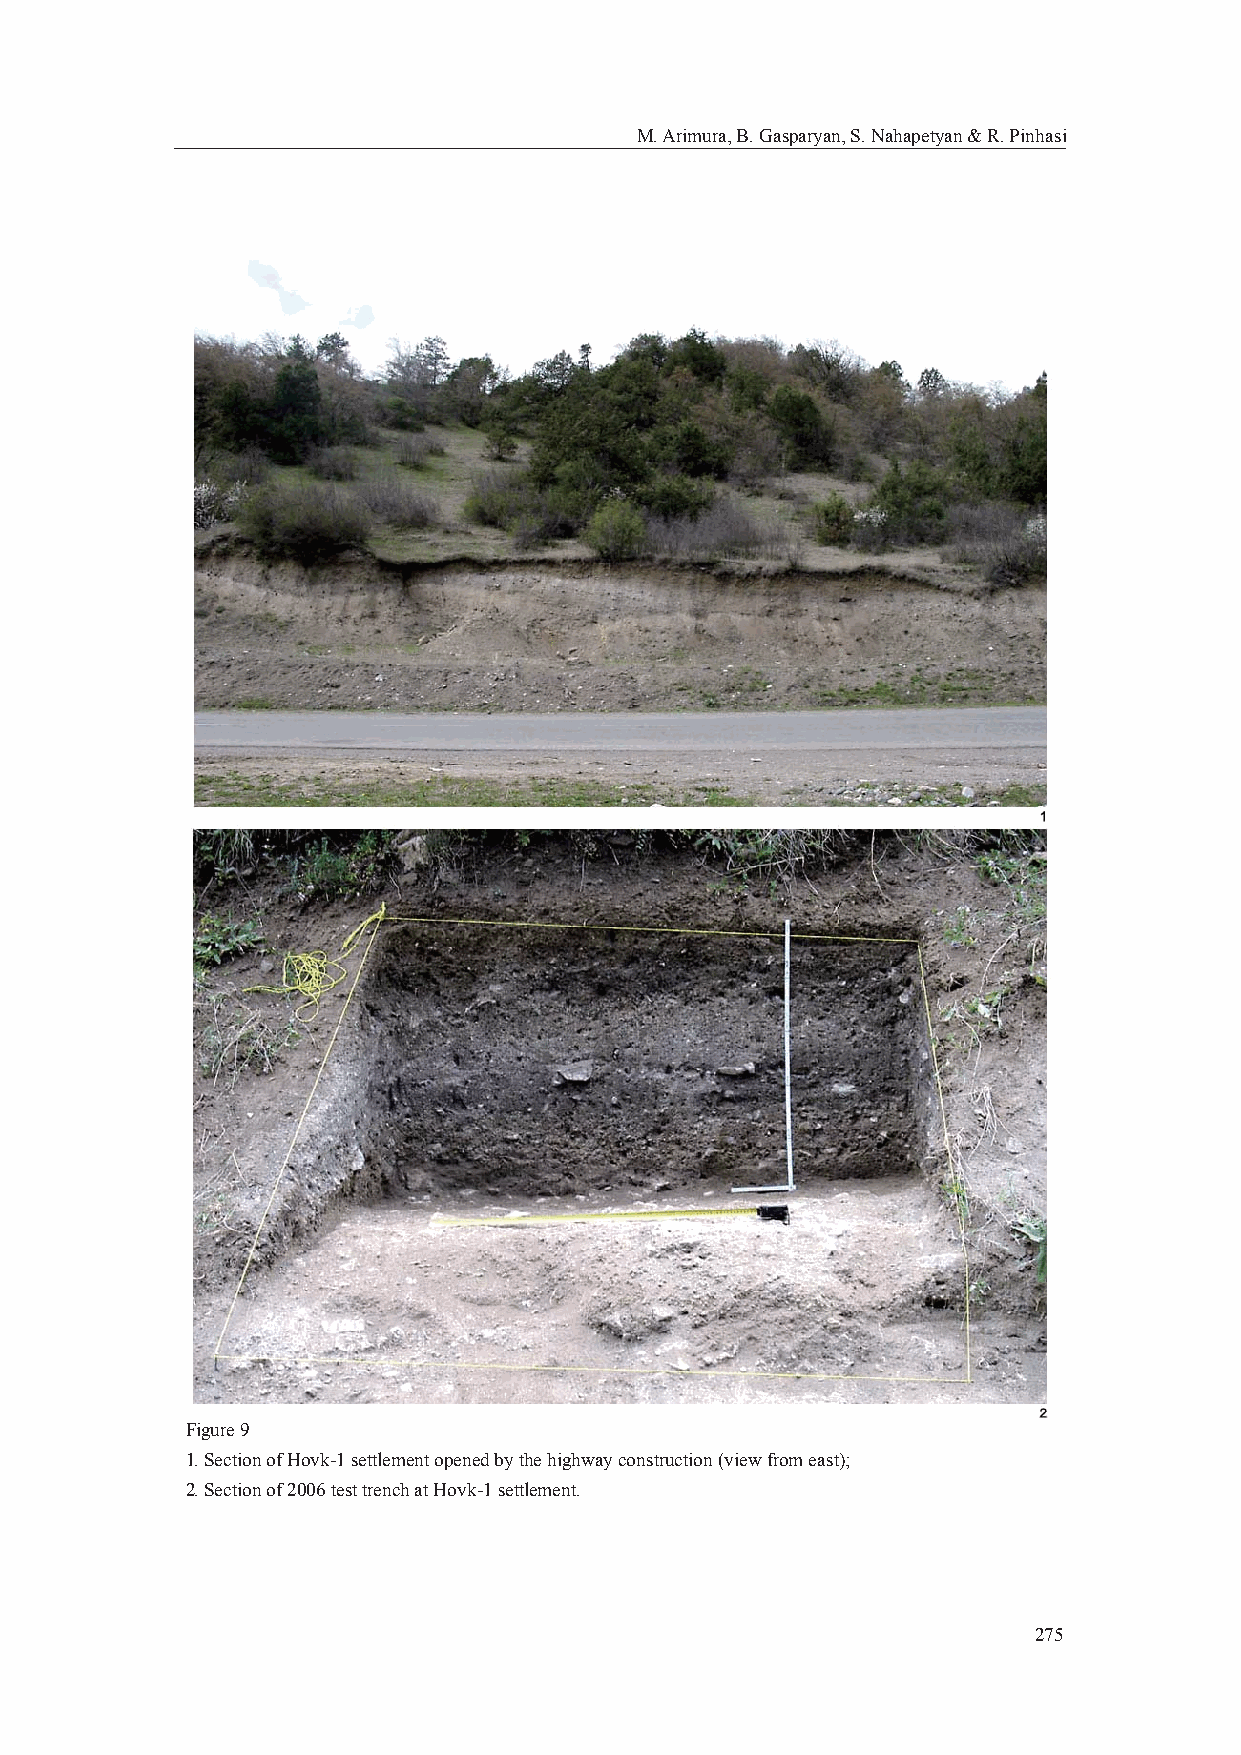
M. Arimura, B. Gasparyan, S. Nahapetyan & R. Pinhasi
 Figure 9
 1. Section of Hovk-1 settlement opened by the highway construction (view from east);
 2. Section of 2006 test trench at Hovk-1 settlement.
 275